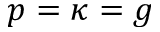
p = \kappa = g